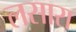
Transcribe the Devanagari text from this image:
लसारा